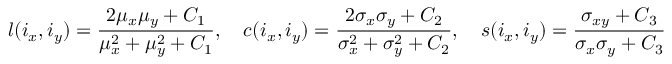
l ( i _ { x } , i _ { y } ) = \frac { 2 \mu _ { x } \mu _ { y } + C _ { 1 } } { \mu _ { x } ^ { 2 } + \mu _ { y } ^ { 2 } + C _ { 1 } } , \quad c ( i _ { x } , i _ { y } ) = \frac { 2 \sigma _ { x } \sigma _ { y } + C _ { 2 } } { \sigma _ { x } ^ { 2 } + \sigma _ { y } ^ { 2 } + C _ { 2 } } , \quad s ( i _ { x } , i _ { y } ) = \frac { \sigma _ { x y } + C _ { 3 } } { \sigma _ { x } \sigma _ { y } + C _ { 3 } }